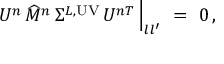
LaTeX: U ^ { n } \, \widehat { M } ^ { n } \, \Sigma ^ { L , \mathrm { U V } } \, U ^ { n T } \, \Big | _ { l l ^ { \prime } } \ = \ 0 \, ,